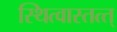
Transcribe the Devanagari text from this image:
स्थित्वास्तत्त्